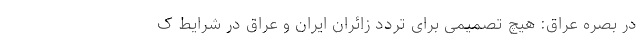
در بصره عراق: هیچ تصمیمی برای تردد زائران ایران و عراق در شرایط ک